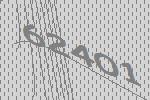
62401